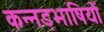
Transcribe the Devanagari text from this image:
कन्नड़भाषियों